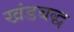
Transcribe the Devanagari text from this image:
खंडबद्ध